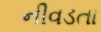
નીવડતા